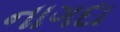
નાગદા